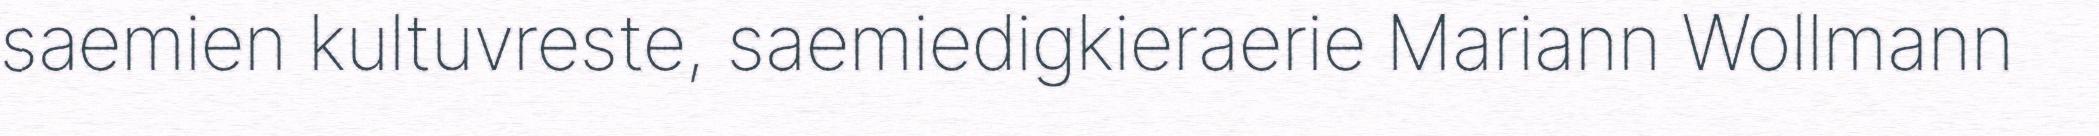
saemien kultuvreste, saemiedigkieraerie Mariann Wollmann